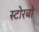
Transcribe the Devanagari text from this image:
स्टोरबो